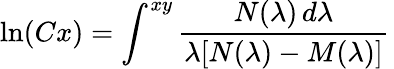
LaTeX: \ln(Cx)=\int^{xy}{\frac{N(\lambda)\, d\lambda}{\lambda[N(\lambda)-M(\lambda)]}}\,